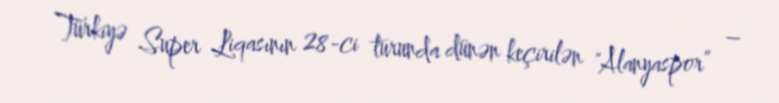
Türkiyə Super Liqasının 28-ci turunda dünən keçirilən "Alanyaspor” –